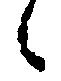
々